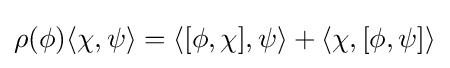
\rho (\phi )\langle \chi ,\psi \rangle =\langle [\phi ,\chi ],\psi \rangle +\langle \chi ,[\phi ,\psi ]\rangle